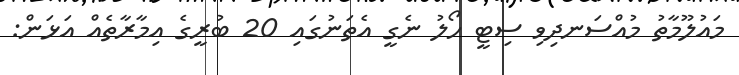
މައުލޫމާތު މުއްސަނދިވި ސިޓީ ހޯލު ނެގީ އެތަނުގައި 20 ބުރީގެ އިމާރާތެއް އަޅަން: